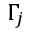
\Gamma _ { j }